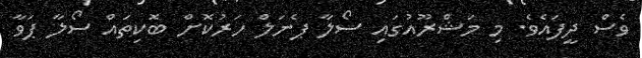
ވެސް ދީފައެވެ. މި މަޝްރޫއުގައި ސޯލާ ޕެނަލް ހަރުކޮށް ބޮކިތައް ސޯލާ ޕަވާ